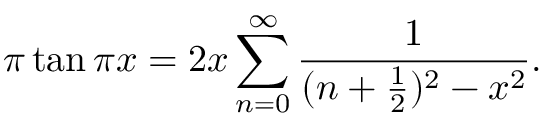
\pi \tan \pi x = 2 x \sum _ { n = 0 } ^ { \infty } { \frac { 1 } { ( n + { \frac { 1 } { 2 } } ) ^ { 2 } - x ^ { 2 } } } .